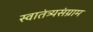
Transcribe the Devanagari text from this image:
स्वातंत्र्यसंग्राम